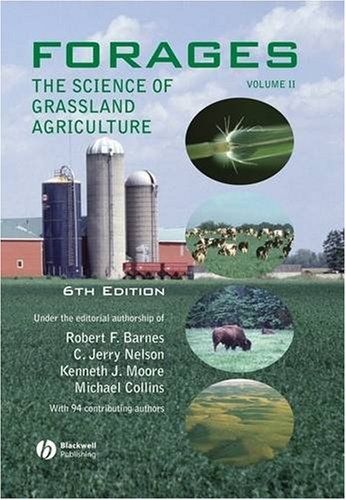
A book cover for Forages, Volume 2: The Science of Grassland Agriculture  (Volume II); Science & Math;